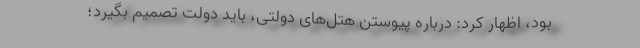
بود، اظهار کرد: درباره پیوستن هتل‌های دولتی، باید دولت تصمیم بگیرد؛